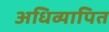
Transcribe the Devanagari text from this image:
अधिव्यापित